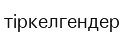
тіркелгендер